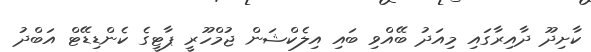
ކާށިދޫ ދާއިރާގައި މިއަދު ބޭއްވި ބައި އިލެކްޝަން ޖުމްހޫރީ ޕާޓީގެ ކެންޑިޑޭޓް އަބްދު